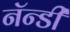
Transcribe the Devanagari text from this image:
नॅन्डी